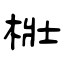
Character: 梉